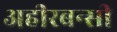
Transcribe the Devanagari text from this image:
अहीरबन्सी